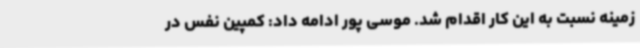
زمینه نسبت به این کار اقدام شد. موسی پور ادامه داد: کمپین نفس در